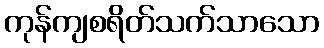
ကုန်ကျစရိတ်သက်သာသော